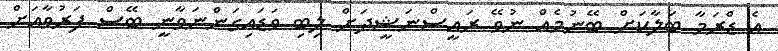
އެ ޑްރަމާ ބަލާކަށް ބޭނުމެއް ނުވޭ ރައީސްނަޝީދަށް ލިބި ވަޑައިގަންނަވާނީ ބޭސް ފަރުވާއަށް